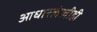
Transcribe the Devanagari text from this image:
आधारलेलीही